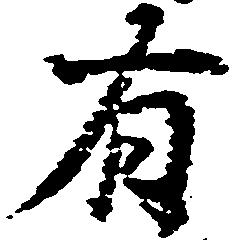
有